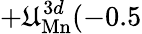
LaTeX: +\mathfrak{U}_{\mathrm{{Mn}}}^{3d}(-0.5